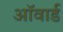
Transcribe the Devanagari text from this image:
ऑवार्ड